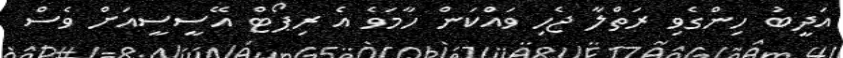
އަދީބު ހިންގެވި ރަތްލާ ޖެހި ވައްކަން ހާމަވެ އެ ރިޕޯޓް އޭސީސީއަށް ވެސް